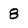
Character: 8